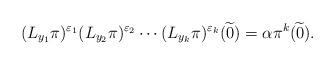
LaTeX: \begin{align*}(L_{y_1}\pi)^{\varepsilon_1} (L_{y_2}\pi)^{\varepsilon_2}\cdots (L_{y_k}\pi)^{\varepsilon_k}(\widetilde 0)=\alpha\pi^k(\widetilde 0).\end{align*}